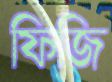
ফিজি